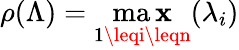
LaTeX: \rho(\Lambda)=\operatorname*{ma\mathbf{x}}_{1\leqi\leqn}(\lambda_{i})